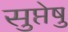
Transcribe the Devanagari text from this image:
सुप्तेषु